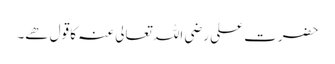
حضرت علی رضی اللہ تعالی عنہ کا قول ھے۔